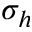
\sigma _ { h }